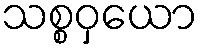
သစ္စဝှယော